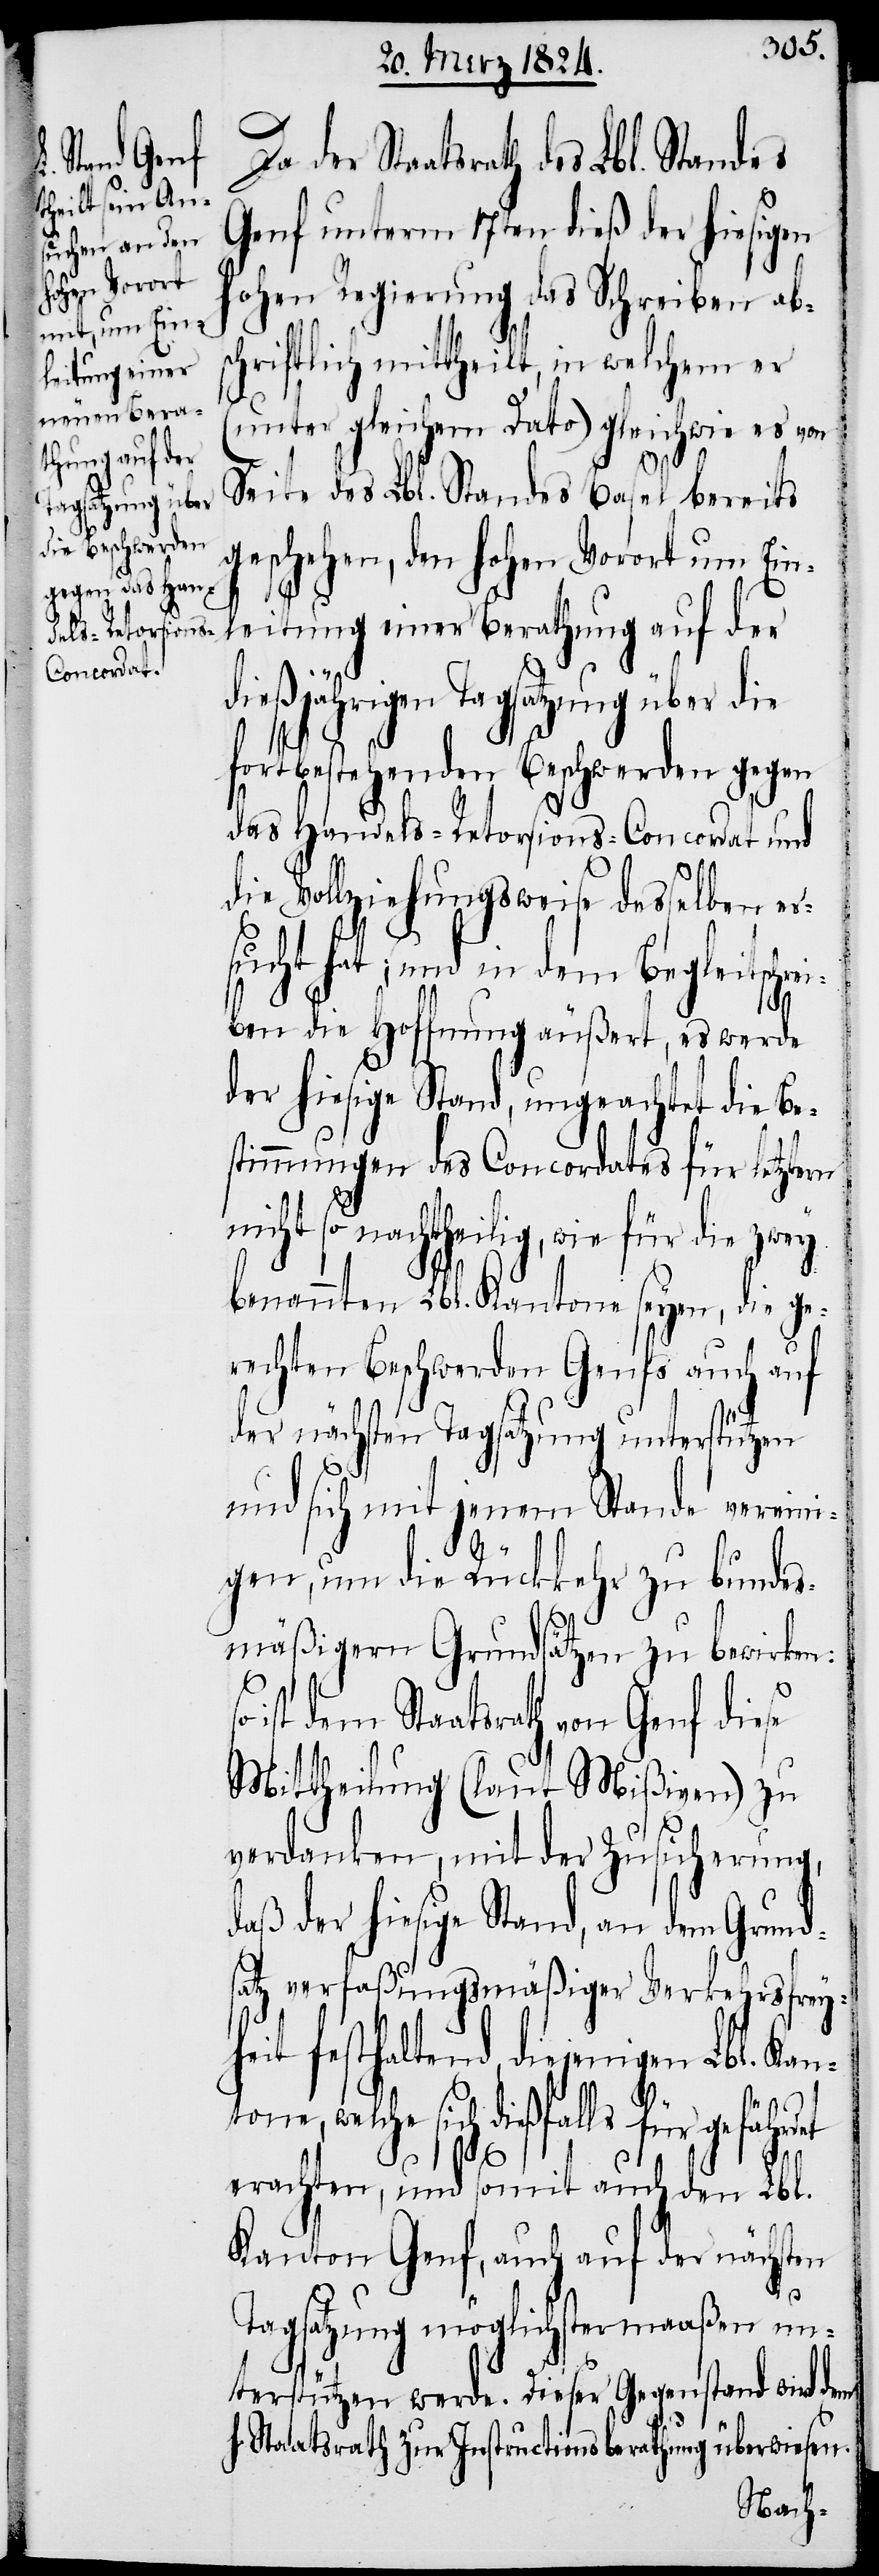
Staatsrath des Lbl. Standes
Genf unterm 17ten dieß der hiesigen
hohen Regierung das Schreiben ab¬
schriftlich mittheilt, in welchem er
(unter gleichem Dato) gleichwie es von
Seite des Lbl. Standes Basel bereits
geschehen, den hohen Vorort um Ein¬
leitung einer Berathung auf der
dießjährigen Tagsatzung über die
fortbestehenden Beschwerden gegen
das Handels-Retorsions-Concordat und
die Vollziehungsweise desselben er¬
sucht hat; und in dem Begleitschr¬
eiben die Hoffnung äußert, es werde
der hiesige Stand, ungeachtet die Be¬
stimmungen des Concordates für letztern
nicht so nachtheilig, wie für die zwey
benannten Lbl. Kantone seyen, die ge¬
rechten Beschwerden Genfs auch auf
der nächsten Tagsatzung unterstützen
und sich mit jenem Stande vereini¬
gen, um die Rückkehr zu bundes¬
mäßigern Grundsätzen zu bewirken:
ist dem Staatsrath von Genf diese
Mittheilung (laut Mißiven) zu
verdanken, mit der Zusicherung,
daß der hiesige Stand, an dem Grunds¬
atz verfaßungsmäßiger Verkehrsfrey¬
heit festhaltend, diejenigen Lbl. Kant¬
one, welche sich dießfalls
erachten, und somit auch den Lbl.
Kanton Genf, auch der nächsten
der
Tagsatzung möglichstermaaßen un¬
terstützen werde. Dieser Gegenstand wird dem
Staatsrath zur Instructionsberathung überwiesen.